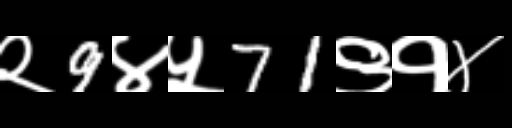
Text: २9४५71९१४